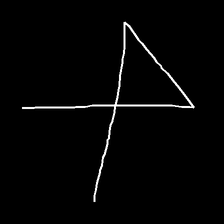
Glyph: collection